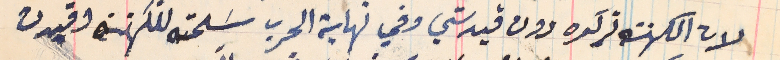
لان الكهنة تركوه دون قيد شي وفي نهاية الحرب سَلمته للكهنه وقيدت